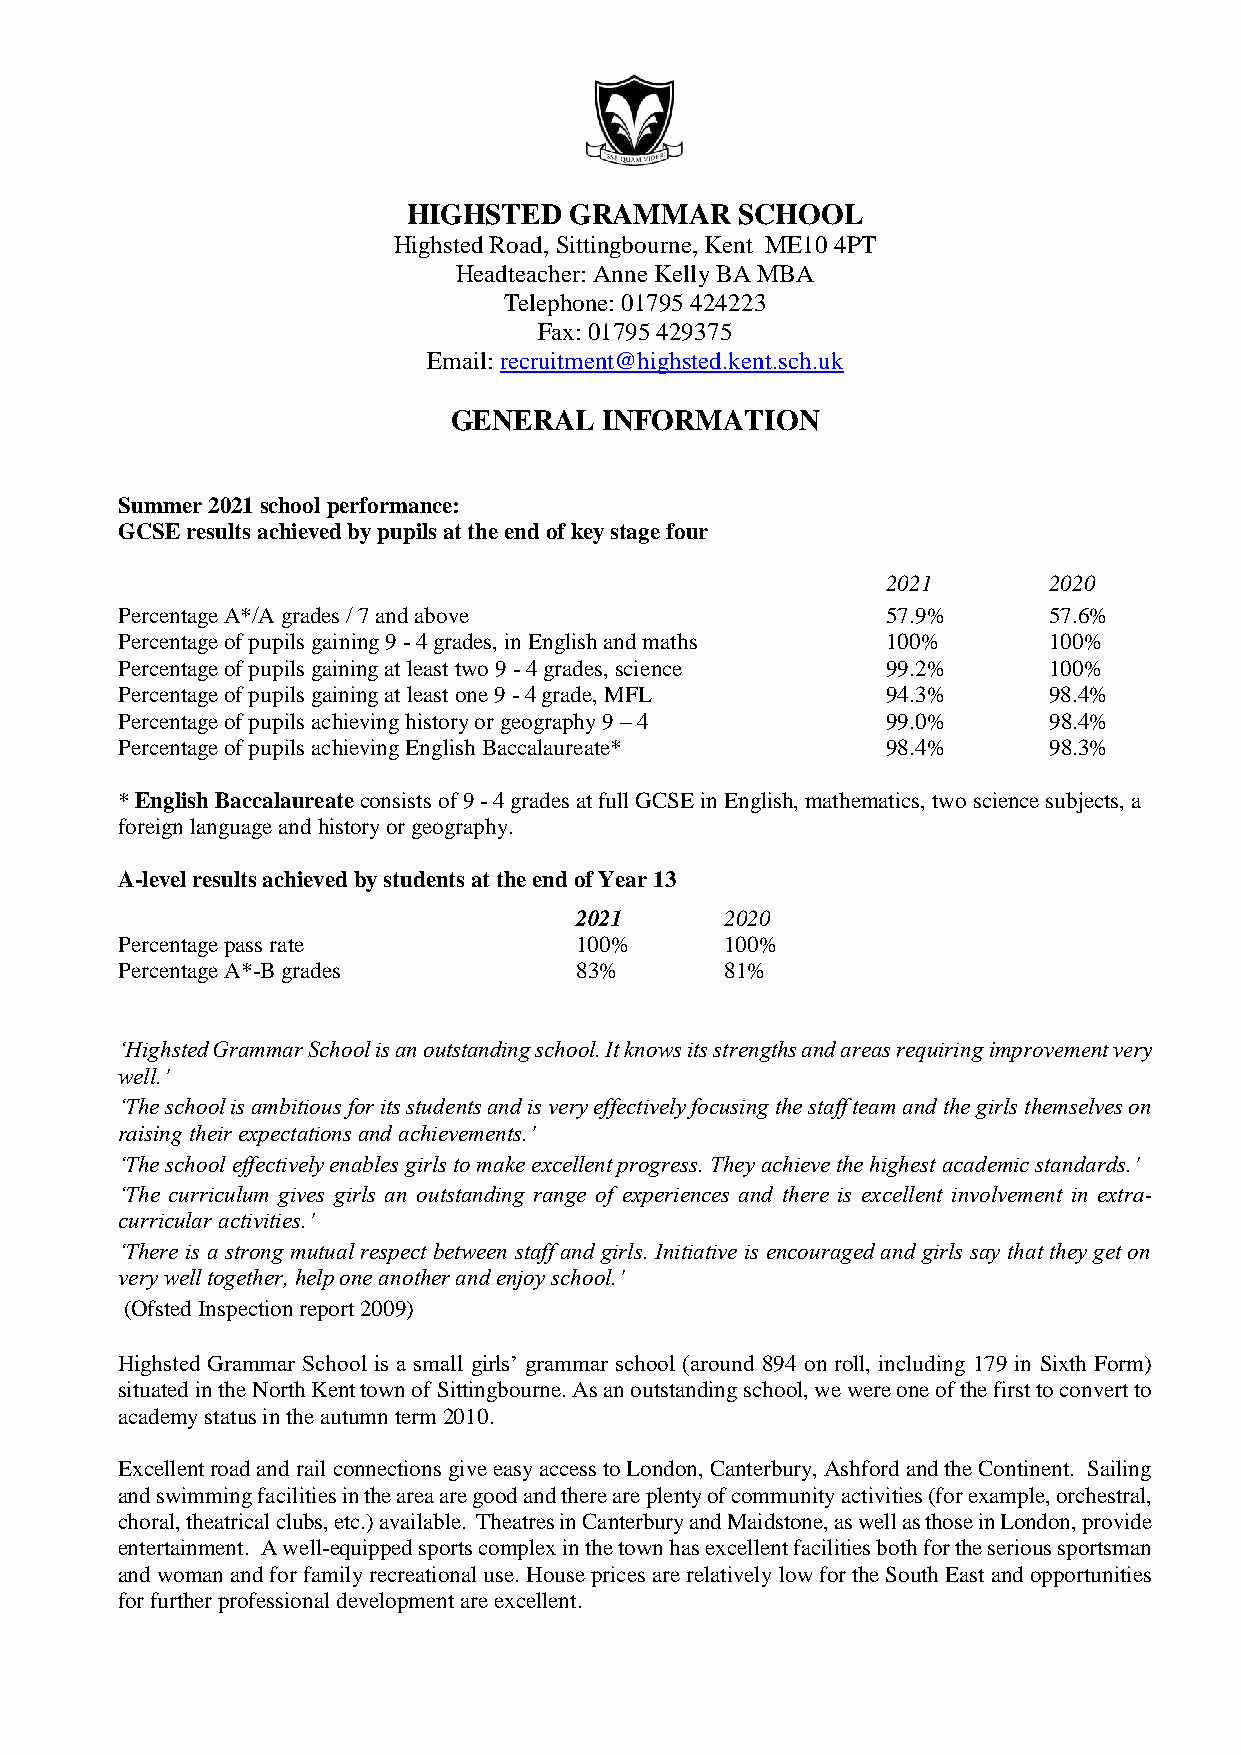
HIGHSTED   GRAMMAR    SCHOOL
 Highsted Road, Sittingbourne, Kent ME10 4PT
 Headteacher: Anne Kelly BA MBA
 Telephone: 01795 424223
 Fax: 01795 429375
 Email: recruitment@highsted.kent.sch.uk
 GENERAL   INFORMATION
 Summer 2021 school performance:
 GCSE results achieved by pupils at the end of key stage four
 2021      2020
 Percentage A*/A grades / 7 and above               57.9%     57.6%
 Percentage of pupils gaining 9 - 4 grades, in English and maths 100% 100%
 Percentage of pupils gaining at least two 9 - 4 grades, science 99.2% 100%
 Percentage of pupils gaining at least one 9 - 4 grade, MFL 94.3% 98.4%
 Percentage of pupils achieving history or geography 9 – 4 99.0% 98.4%
 Percentage of pupils achieving English Baccalaureate* 98.4%  98.3%
 * English Baccalaureate consists of 9 - 4 grades at full GCSE in English, mathematics, two science subjects, a
 foreign language and history or geography.
 A-level results achieved by students at the end of Year 13
 2021      2020
 Percentage pass rate          100%      100%
 Percentage A*-B grades        83%       81%
 ‘Highsted Grammar School is an outstanding school. It knows its strengths and areas requiring improvement very
 well.’
 ‘The school is ambitious for its students and is very effectively focusing the staff team and the girls themselves on
 raising their expectations and achievements.’
 ‘The school effectively enables girls to make excellent progress. They achieve the highest academic standards.’
 ‘The curriculum gives girls an outstanding range of experiences and there is excellent involvement in extra-
 curricular activities.’
 ‘There is a strong mutual respect between staff and girls. Initiative is encouraged and girls say that they get on
 very well together, help one another and enjoy school.’
 (Ofsted Inspection report 2009)
 Highsted Grammar School is a small girls’ grammar school (around 894 on roll, including 179 in Sixth Form)
 situated in the North Kent town of Sittingbourne. As an outstanding school, we were one of the first to convert to
 academy status in the autumn term 2010.
 Excellent road and rail connections give easy access to London, Canterbury, Ashford and the Continent. Sailing
 and swimming facilities in the area are good and there are plenty of community activities (for example, orchestral,
 choral, theatrical clubs, etc.) available. Theatres in Canterbury and Maidstone, as well as those in London, provide
 entertainment. A well-equipped sports complex in the town has excellent facilities both for the serious sportsman
 and woman and for family recreational use. House prices are relatively low for the South East and opportunities
 for further professional development are excellent.